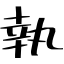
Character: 執